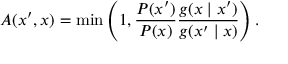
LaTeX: A ( x ^ { \prime } , x ) = \operatorname* { m i n } \left( 1 , { \frac { P ( x ^ { \prime } ) } { P ( x ) } } { \frac { g ( x \mid x ^ { \prime } ) } { g ( x ^ { \prime } \mid x ) } } \right) .